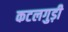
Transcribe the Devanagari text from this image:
कटलगुड़ी